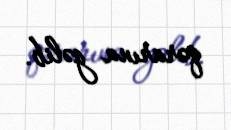
qərarına gəlib.